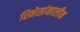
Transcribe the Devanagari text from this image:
रिनेसांकालीन